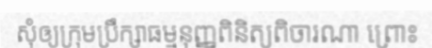
សុំឲ្យក្រុមប្រឹក្សាធម្មនុញ្ញពិនិត្យពិចារណា ព្រោះ